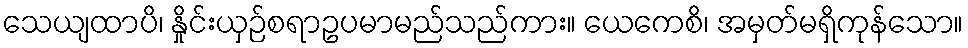
သေယျထာပိ၊ နှိုင်းယှဉ်စရာဥပမာမည်သည်ကား။ ယေကေစိ၊ အမှတ်မရှိကုန်သော။